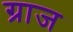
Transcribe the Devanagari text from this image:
ग्राज